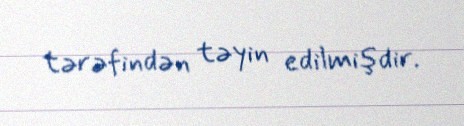
tərəfindən təyin edilmişdir.